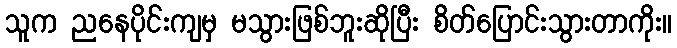
သူက ညနေပိုင်းကျမှ မသွားဖြစ်ဘူးဆိုပြီး စိတ်ပြောင်းသွားတာကိုး။